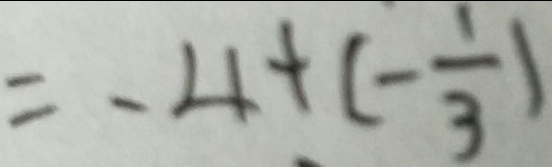
= - 4 + ( - \frac { 1 } { 3 } )